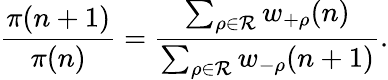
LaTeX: \frac{\pi(n+1)}{\pi(n)}=\frac{\sum_{\rho\in{\mathcal R}}w_{+\rho}(n)}{\sum_{\rho\in{\mathcal R}}w_{-\rho}(n+1)}.